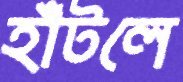
হাঁটলে